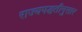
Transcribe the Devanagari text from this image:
राज्यपद्धतीनुसार